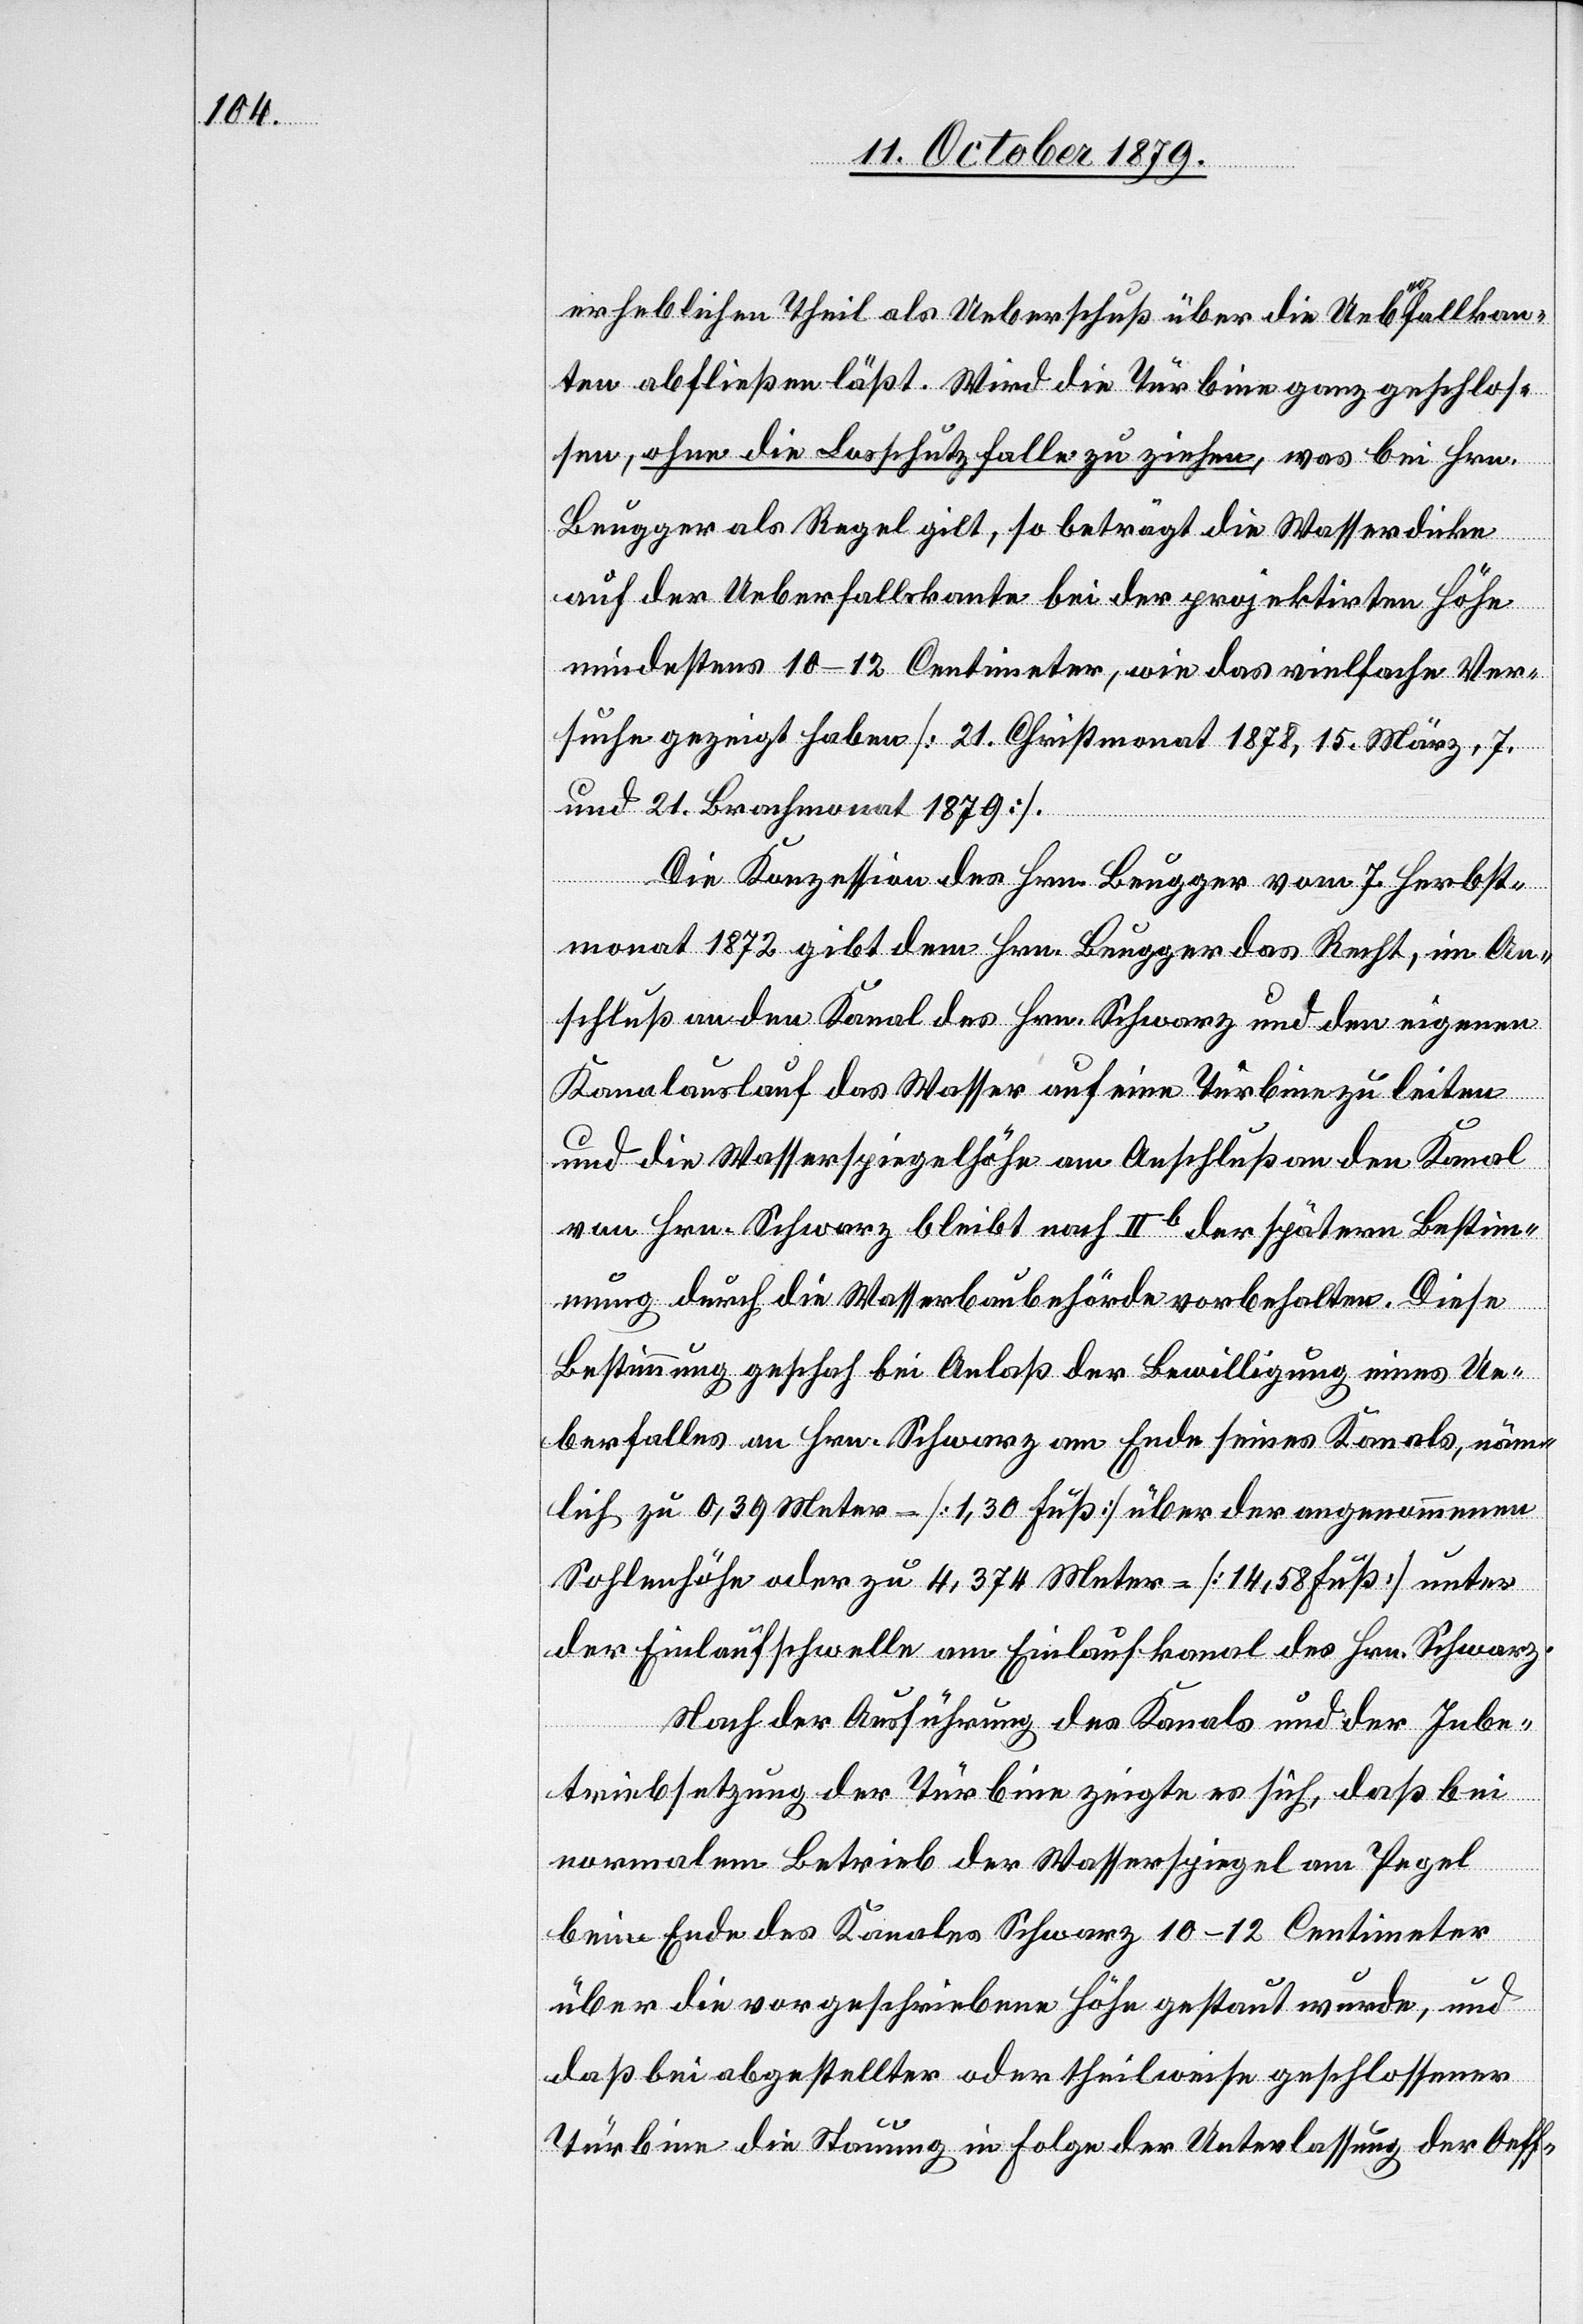
erheblichen Theil als Ueberschuß über die Ueberfallkan¬
ten abfließen läßt. Wird die Turbine ganz geschlos¬
sen, ohne die Losschutzfalle zu ziehen, was bei Hrn.
Beugger als Regel gilt, so beträgt die Wasserdicke
auf der Ueberfallkante bei der projektirten Höhe
mindestens 10–12 Centimeter, wie das vielfache Ver¬
suche gezeigt haben [21. Christmonat 1878, 15. März, 7.
und 21. Brachmonat 1879].
Die Konzession des Hrn. Beugger vom 7. Herbst¬
monat 1872 gibt dem Hrn. Beugger das Recht, im An¬
schluß an den Kanal des Hrn. Schwarz und den eigenen
Kanalauslauf das Wasser auf eine Turbine zu leiten
und die Wasserspiegelhöhe am Anschluß an den Kanal
von Hrn Schwarz bleibt noch IIb der spätern Bestim¬
mung durch die Wasserbaubehörde vorbehalten. Diese
Bestimmung geschah bei Anlaß der Bewilligung eines Ue¬
berfalls an Hrn. Schwarz am Ende seines Kanals, näm¬
lich zu 0,39 Meter – [1,30 Fuß] über der angenommenen
Sohlenhöhe oder zu 4,374 Meter [14,58 Fuß] unter
der Einlaufschwelle am Einlaufkanal des Hrn. Schwarz.
Nach der Ausführung des Kanals und der Inbe¬
triebsetzung der Turbine zeigte es sich, daß bei
normalem Betrieb der Wasserspiegel am Pegel
beim Ende des Kanales Schwarz 10–12 Centimeter
über die vorgeschriebene Höhe gestaut wurde, und
daß bei abgestellter oder theilweise geschlossener
Turbine die Stauung in Folge der Unterlassung der Oeff-